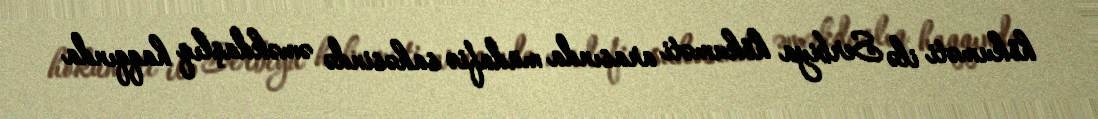
hökuməti ilə Serbiya hökuməti arasında müdafiə sahəsində əməkdaşlıq haqqında